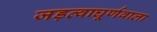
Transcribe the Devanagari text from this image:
जड़त्वाघूर्णवाला